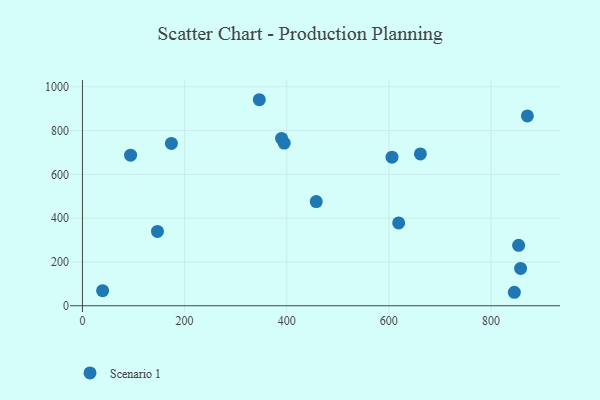
{"axis": {"x": "Price", "y": "Demand"}, "legend": ["Scenario 1"], "data": [{"x": "94.2", "y": 687.9, "type": "Scenario 1"}, {"x": "457.8", "y": 475.8, "type": "Scenario 1"}, {"x": "606.1", "y": 678.6, "type": "Scenario 1"}, {"x": "871.2", "y": 867.3, "type": "Scenario 1"}, {"x": "389.9", "y": 764.6, "type": "Scenario 1"}, {"x": "395.0", "y": 743.2, "type": "Scenario 1"}, {"x": "619.2", "y": 378.4, "type": "Scenario 1"}, {"x": "661.7", "y": 693.8, "type": "Scenario 1"}, {"x": "146.9", "y": 339.5, "type": "Scenario 1"}, {"x": "346.3", "y": 941.2, "type": "Scenario 1"}, {"x": "845.7", "y": 61.5, "type": "Scenario 1"}, {"x": "857.9", "y": 170.6, "type": "Scenario 1"}, {"x": "854.1", "y": 276.1, "type": "Scenario 1"}, {"x": "39.5", "y": 68.9, "type": "Scenario 1"}, {"x": "174.2", "y": 741.5, "type": "Scenario 1"}]}